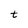
Character: t